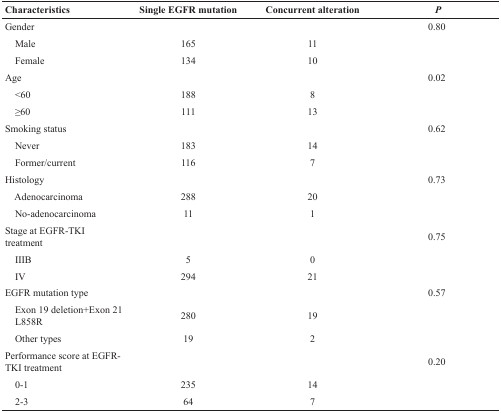
<table><thead><tr><td><b>Characteristics</b></td><td><b>Single EGFR mutation</b></td><td><b>Concurrent alteration</b></td><td><b><i>P</i></b></td></tr></thead><tbody><tr><td>Gender</td><td></td><td></td><td>0.80</td></tr><tr><td> Male</td><td>165</td><td>11</td><td></td></tr><tr><td> Female</td><td>134</td><td>10</td><td></td></tr><tr><td>Age</td><td></td><td></td><td>0.02</td></tr><tr><td> &lt;60</td><td>188</td><td>8</td><td></td></tr><tr><td> ≥60</td><td>111</td><td>13</td><td></td></tr><tr><td>Smoking status</td><td></td><td></td><td>0.62</td></tr><tr><td> Never</td><td>183</td><td>14</td><td></td></tr><tr><td> Former/current</td><td>116</td><td>7</td><td></td></tr><tr><td>Histology</td><td></td><td></td><td>0.73</td></tr><tr><td> Adenocarcinoma</td><td>288</td><td>20</td><td></td></tr><tr><td> No-adenocarcinoma</td><td>11</td><td>1</td><td></td></tr><tr><td>Stage at EGFR-TKI treatment</td><td></td><td></td><td>0.75</td></tr><tr><td> IIIB</td><td>5</td><td>0</td><td></td></tr><tr><td> IV</td><td>294</td><td>21</td><td></td></tr><tr><td>EGFR mutation type</td><td></td><td></td><td>0.57</td></tr><tr><td> Exon 19 deletion+Exon 21 L858R</td><td>280</td><td>19</td><td></td></tr><tr><td> Other types</td><td>19</td><td>2</td><td></td></tr><tr><td>Performance score at EGFR-TKI treatment</td><td></td><td></td><td>0.20</td></tr><tr><td> 0-1</td><td>235</td><td>14</td><td></td></tr><tr><td> 2-3</td><td>64</td><td>7</td><td></td></tr></tbody></table>